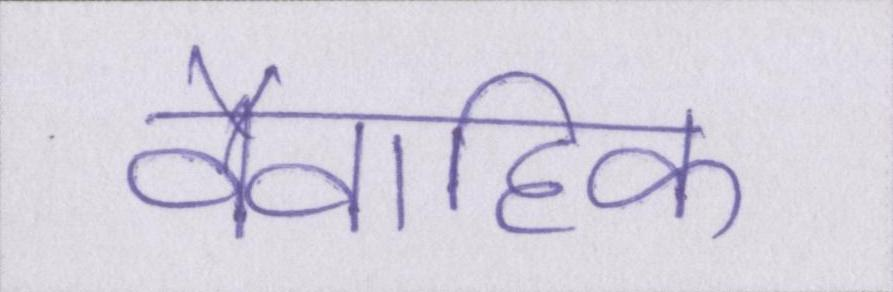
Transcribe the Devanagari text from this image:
वैवाहिक